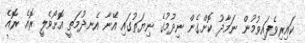
ކައިރިވެފައިވުމުން ނަމާދު ކޮށްގެން ނިދުމުގެ ނިޔަތުގައި އޭނާ އެނދުމަތީ އޮށޯވެލީ ރޮއެ ރޮއެ